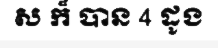
ស ក៏ បាន 4 ដូង